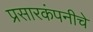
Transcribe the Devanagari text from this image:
प्रसारकंपनीचे